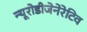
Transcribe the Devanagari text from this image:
न्यूरोडीजेनेरेटिव